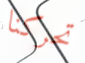
تحركنا